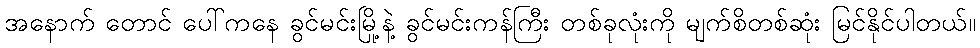
အနောက် တောင် ပေါ်ကနေ ခွင်မင်းမြို့နဲ့ ခွင်မင်းကန်ကြီး တစ်ခုလုံးကို မျက်စိတစ်ဆုံး မြင်နိုင်ပါတယ်။